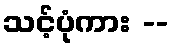
သင့်ပုံကား --